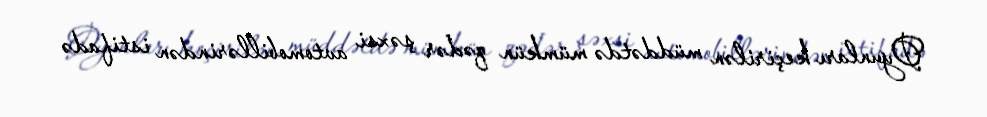
Oyunları keçirilən müddətdə mümkün qədər şəxsi avtomobillərindən istifadə